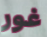
غور